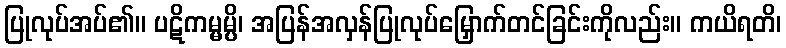
ပြုလုပ်အပ်၏။ ပဋိကမ္မမ္ပိ၊ အပြန်အလှန်ပြုလုပ်မြှောက်တင်ခြင်းကိုလည်း။ ကယိရတိ၊